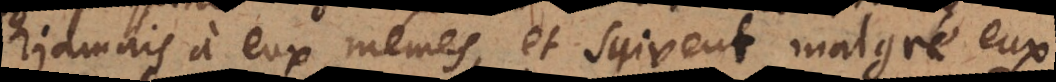
jamais à eux mêmes, et suivent malgré eux